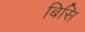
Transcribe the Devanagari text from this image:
बिसि